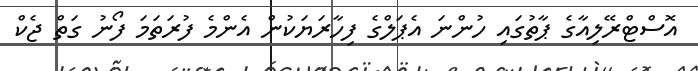
އޮސްޓްރޭލިއާގެ ޕާތުގައި ހުންނަ އެޕަލްގެ ފިހާރަޔަކުން އެންމެ ފުރަތަމަ ފޯނު ގަތް ޖެކް